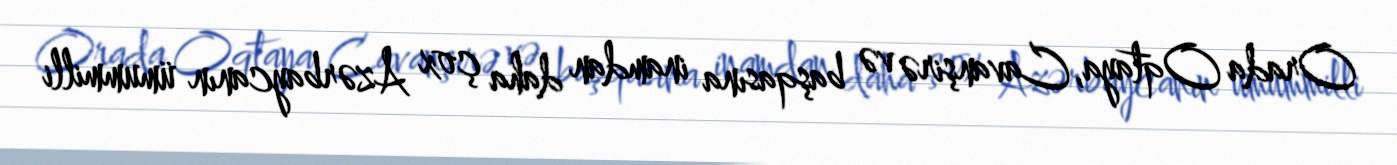
Orada Oqtaya, Cavanşirə və başqasına inamdan daha çox Azərbaycanın ümummilli